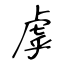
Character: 虖